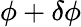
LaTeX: \phi+\delta\phi